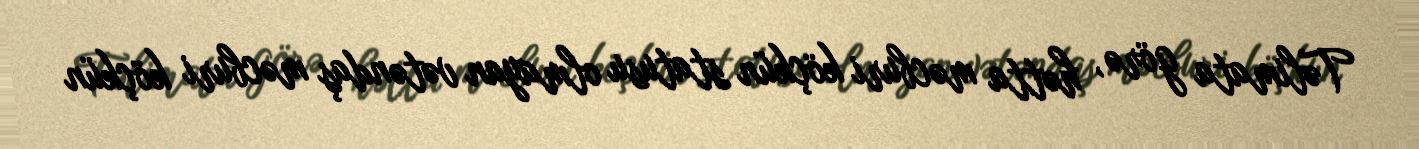
Təlimata görə, hətta məcburi köçkün statusu olmayan vətəndaş məcburi köçkün